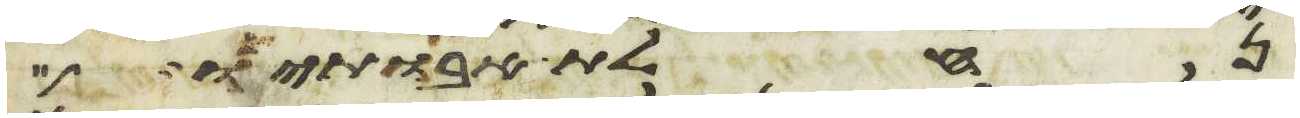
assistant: נחלת אבתיו